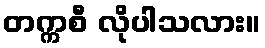
တက္ကစီ လိုပါသလား။